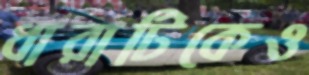
ধারাটিকেও